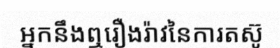
អ្នកនឹងឮរឿងរ៉ាវនៃការតស៊ូ